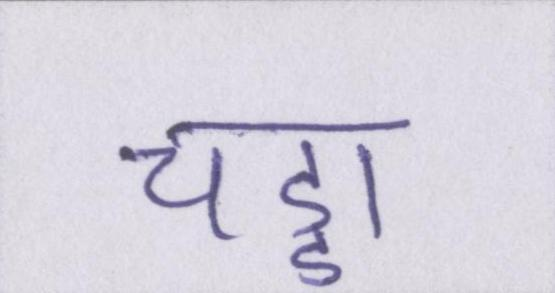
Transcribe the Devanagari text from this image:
चड्डा